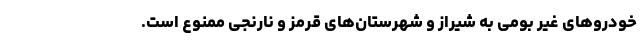
خودرو‌های غیر بومی به شیراز و شهرستان‌های قرمز و نارنجی ممنوع است.